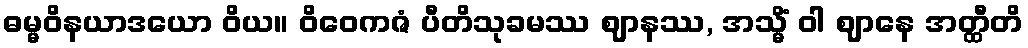
ဓမ္မဝိနယာဒယော ဝိယ။ ဝိဝေကဇံ ပီတိသုခမဿ ဈာနဿ, အသ္မိံ ဝါ ဈာနေ အတ္ထီတိ